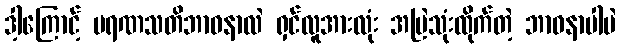
ဒါ့ကြောင့် မရဏသတိဘာဝနာလဲ ရှင်လူအားလုံး အမြဲသုံးထိုက်တဲ့ ဘာဝနာပါပဲ